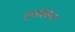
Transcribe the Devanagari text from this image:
रंगमंचन